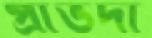
প্রাভদা